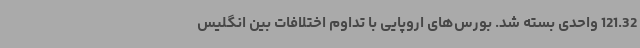
121.32 واحدی بسته شد. بورس‌های اروپایی با تداوم اختلافات بین انگلیس